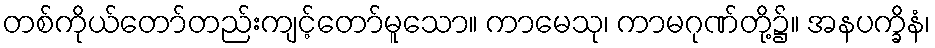
တစ်ကိုယ်တော်တည်းကျင့်တော်မူသော။ ကာမေသု၊ ကာမဂုဏ်တို့၌။ အနပက္ခိနံ၊